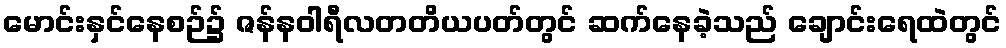
မောင်းနှင်နေစဉ်၌ ဇန်နဝါရီလတတိယပတ်တွင် ဆက်နေခဲ့သည် ချောင်းရေထဲတွင်